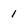
Character: 1